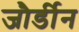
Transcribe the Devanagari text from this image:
जौर्डीन